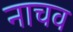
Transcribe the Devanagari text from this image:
नाचव